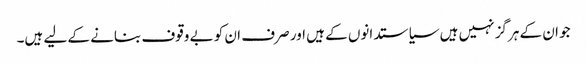
جو ان کے ہرگز نہیں ہیں سیاستدانوں کے ہیں اور صرف ان کو بے وقوف بنانے کے لیے ہیں۔